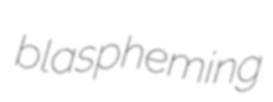
blaspheming